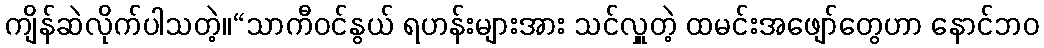
ကျိန်ဆဲလိုက်ပါသတဲ့။“သာကီဝင်နွယ် ရဟန်းများအား သင်လှူတဲ့ ထမင်းအဖျော်တွေဟာ နောင်ဘဝ